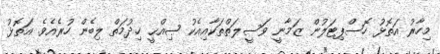
މިހާރު އަތޮޅު ހޮސްޕިޓަލުން ޒަމާނީ ވަސީލަތްތަކާއިއެކު ޞިއްޙީ ޚިދުމަތް ލިބެން ހުރެއެވެ. އަތޮޅު